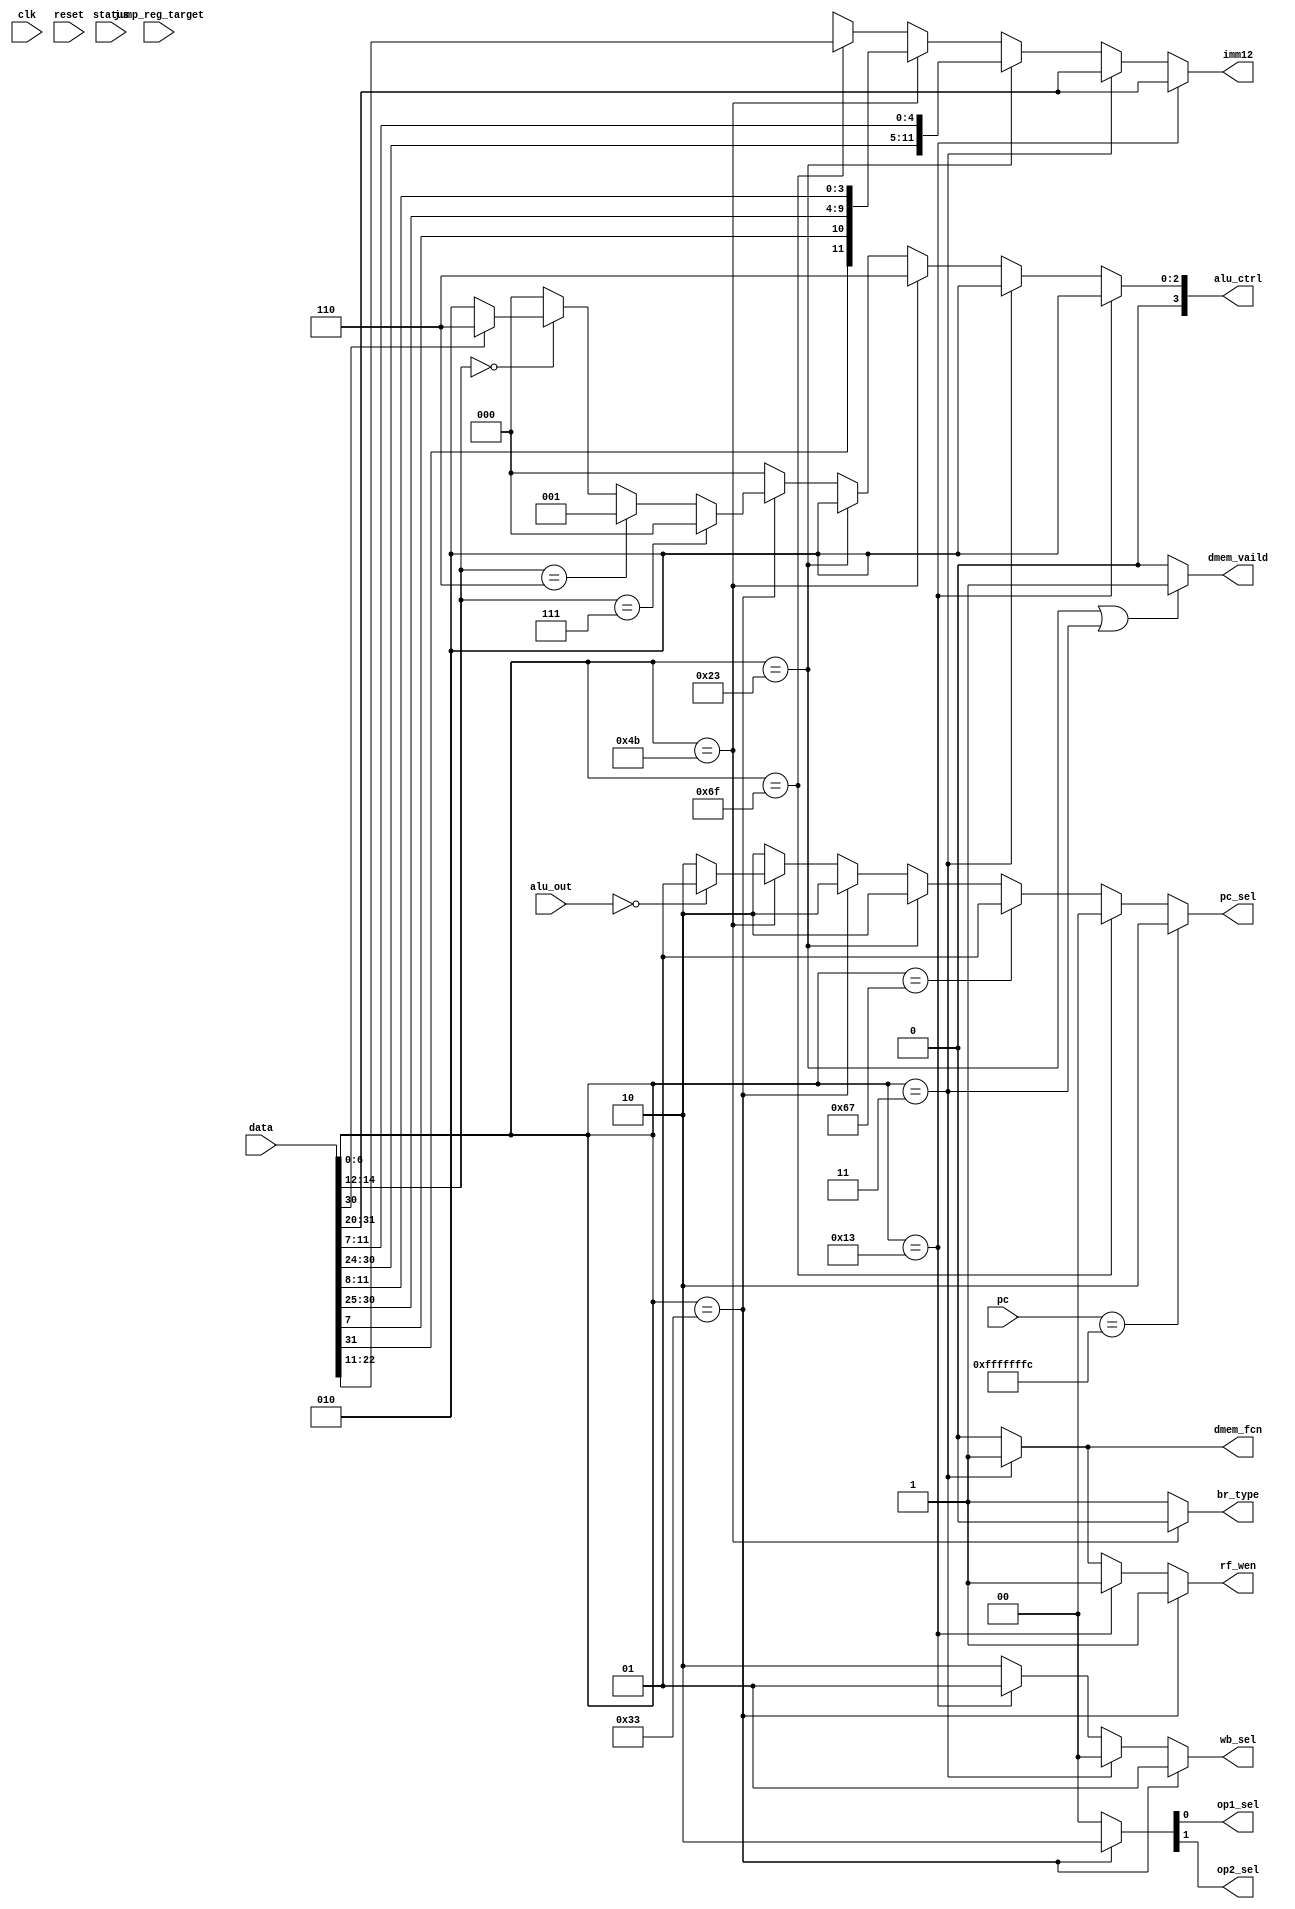
module control(
    input clk,
    input reset,
    input [31:0] pc,
    input [31:0] data,
    input [31:0] jump_reg_target,
    input status, // 2bit ??
    input [31:0] alu_out,
    output [1:0] pc_sel,
    output [11:0] imm12,    
    output op1_sel,
    output op2_sel,
    output [3:0] alu_ctrl,
    output br_type,
    output rf_wen,
    output dmem_vaild,
    output dmem_fcn,
    output [1:0] wb_sel
);

/*
OPCODE:
R type: 0110011
    add     rd rs1 rs2 31..25=0  14..12=0 6..2=0x0C 1..0=3
    sub     rd rs1 rs2 31..25=32 14..12=0 6..2=0x0C 1..0=3
    sll     rd rs1 rs2 31..25=0  14..12=1 6..2=0x0C 1..0=3
    slt     rd rs1 rs2 31..25=0  14..12=2 6..2=0x0C 1..0=3
    sltu    rd rs1 rs2 31..25=0  14..12=3 6..2=0x0C 1..0=3
    xor     rd rs1 rs2 31..25=0  14..12=4 6..2=0x0C 1..0=3
    srl     rd rs1 rs2 31..25=0  14..12=5 6..2=0x0C 1..0=3
    sra     rd rs1 rs2 31..25=32 14..12=5 6..2=0x0C 1..0=3
    or      rd rs1 rs2 31..25=0  14..12=6 6..2=0x0C 1..0=3
    and     rd rs1 rs2 31..25=0  14..12=7 6..2=0x0C 1..0=3
I type: 00100 11
    addi    rd rs1 imm12           14..12=0 6..2=0x04 1..0=3
    slli    rd rs1 31..26=0  shamt 14..12=1 6..2=0x04 1..0=3
    slti    rd rs1 imm12           14..12=2 6..2=0x04 1..0=3
    sltiu   rd rs1 imm12           14..12=3 6..2=0x04 1..0=3
    xori    rd rs1 imm12           14..12=4 6..2=0x04 1..0=3
    srli    rd rs1 31..26=0  shamt 14..12=5 6..2=0x04 1..0=3
    srai    rd rs1 31..26=16 shamt 14..12=5 6..2=0x04 1..0=3
    ori     rd rs1 imm12           14..12=6 6..2=0x04 1..0=3
    andi    rd rs1 imm12           14..12=7 6..2=0x04 1..0=3
I type2: 00000 11
    lb      rd rs1       imm12 14..12=0 6..2=0x00 1..0=3
    lh      rd rs1       imm12 14..12=1 6..2=0x00 1..0=3
    lw      rd rs1       imm12 14..12=2 6..2=0x00 1..0=3
    lbu     rd rs1       imm12 14..12=4 6..2=0x00 1..0=3
    lhu     rd rs1       imm12 14..12=5 6..2=0x00 1..0=3
S type: 01000 11
    sb     imm12hi rs1 rs2 imm12lo 14..12=0 6..2=0x08 1..0=3
    sh     imm12hi rs1 rs2 imm12lo 14..12=1 6..2=0x08 1..0=3
    sw     imm12hi rs1 rs2 imm12lo 14..12=2 6..2=0x08 1..0=3
SB type: 11000 11
    beq     bimm12hi rs1 rs2 bimm12lo 14..12=0 6..2=0x18 1..0=3
    bne     bimm12hi rs1 rs2 bimm12lo 14..12=1 6..2=0x18 1..0=3
    blt     bimm12hi rs1 rs2 bimm12lo 14..12=4 6..2=0x18 1..0=3
    bge     bimm12hi rs1 rs2 bimm12lo 14..12=5 6..2=0x18 1..0=3
    bltu    bimm12hi rs1 rs2 bimm12lo 14..12=6 6..2=0x18 1..0=3
    bgeu    bimm12hi rs1 rs2 bimm12lo 14..12=7 6..2=0x18 1..0=3
U type:
    jal     rd jimm20                          6..2=0x1b 1..0=3
J type:
    jalr    rd rs1 imm12              14..12=0 6..2=0x19 1..0=3    
*/

    `define R_FORMAT  7'b0110011
    `define I_FORMAT  7'b0010011
    `define I2_FORMAT 7'b0000011
    `define S_FORMAT  7'b0100011
    `define SB_FORMAT 7'b1001011
    `define U_FORMAT  7'b1100111
    `define J_FORMAT  7'b1101111

    //Common
    wire [6:0] opcode;
    wire [4:0] rs2;
    wire [4:0] rs1;
    wire [2:0] funct3;
    wire [4:0] rd;
    assign rs2 = data[24:20];
    assign rs1 = data[19:15];
    assign funct3 = data[14:12];
    assign rd = data[11:7];
    assign opcode = data[6:0];
    // R type
    wire [6:0] r_funct7;
    assign r_funct7 = data[31:25];
    // I type
    wire [11:0] i_imm;
    assign i_imm = data[31:20];
    // S type
    wire [6:0] s_imm_h;
    wire [4:0] s_imm_l;
    assign s_imm_h = data[31:25];
    assign s_imm_l = data[11:7];
    // SB type
    wire [6:0] sb_imm_h;
    wire [4:0] sb_imm_l;
    assign sb_imm_h = data[31:25];
    assign sb_imm_l = data[11:7];


    assign alu_ctrl = (opcode == `I_FORMAT)  ? 4'b0010
    : (opcode == `I2_FORMAT) ? 4'b0010  
    : (opcode == `SB_FORMAT) ? 4'b0110
    : (opcode == `S_FORMAT)  ? 4'b0010
    : (opcode == `R_FORMAT)  ? (funct3 == 3'b111) ? 4'b0000 
            : (funct3 == 3'b110) ? 4'b0001
            : (funct3 == 3'b000) ? (r_funct7[5] == 0) ? 4'b0010
                    : 4'b0110
            : 4'b0000
    : 4'b0000;



    /*PCGEN*/
    wire [1:0] taken = (alu_out == 0) ? 2'b01 : 2'b10;

    assign pc_sel = (pc==32'hfffffffc) ? 2'b10 
    : (opcode == `J_FORMAT) ? 2'b00
    : (opcode == `U_FORMAT) ? 2'b01
    : (opcode == `S_FORMAT) ? 2'b10
    : (opcode == `R_FORMAT) ? 2'b10
    : (opcode == `SB_FORMAT)? taken
    : 2'b10;


    /*Fatch*/

    /*Decoder*/
    assign imm12 = (opcode == `I_FORMAT) ?  data[31:20]
    : (opcode == `I2_FORMAT) ?  data[31:20]
    : (opcode == `S_FORMAT)  ? {data[31:24],data[11:7]}
    : (opcode == `SB_FORMAT) ? {data[31], data[7], data[30:25], data[11:8]}
    : (opcode == `J_FORMAT) ? {data[22:11]}
    : 12'bx;

    //assign imm20 = ; // TODO

    wire [1:0] aluop = (opcode == `R_FORMAT) ? 2'b10
    : (opcode == `I_FORMAT)  ? 2'b00
    : (opcode == `S_FORMAT)  ? 2'b00
    : (opcode == `I2_FORMAT) ? 2'b00
    : (opcode == `SB_FORMAT) ? 2'b00
    : 2'b00 ;

    assign op1_sel = aluop[0];
    assign op2_sel = aluop[1];

    assign rf_wen = (opcode == `R_FORMAT) ? 1 
    : (opcode == `I_FORMAT) ? 1
    : (opcode == `I2_FORMAT) ? 1
    : 0;

    /*Excution*/
    assign br_type = (opcode == `SB_FORMAT) ? 0: 1;

    /*memory*/
    assign dmem_vaild = ((opcode == `S_FORMAT) | (opcode == `I2_FORMAT)) ? 1 : 0;
    assign dmem_fcn = (opcode == `I2_FORMAT) ? 1:0;

    /*Writeback*/
    assign wb_sel = (opcode == `R_FORMAT) ? 2'b01
    : (opcode == `I2_FORMAT) ? 2'b00
    : (opcode == `I_FORMAT) ? 2'b01
    : 2'b10;
endmodule